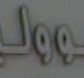
Jee